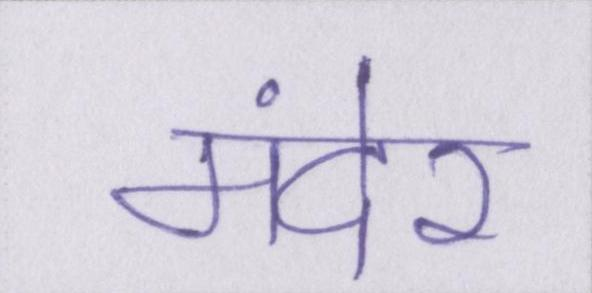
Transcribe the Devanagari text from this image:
मंदेर